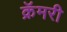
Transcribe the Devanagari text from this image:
क्रॅमरी